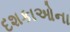
દશકાઓના